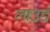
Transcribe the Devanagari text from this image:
लाउर्ड